Leaving Certificate Examination, 1916
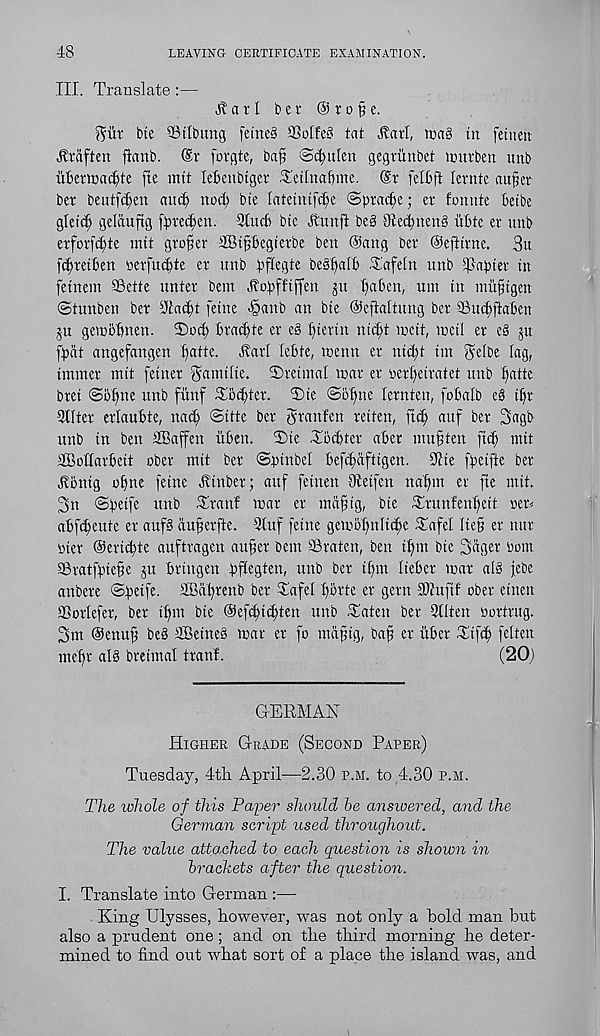
48
LEAVING CERTIFICATE EXAMINATION.
III. Translate:—
H a r I b e r @ t o fi e.
^iir bte SBtlbung feine§ SSolfe? tat Harl, ma§ tn fetuen
Hraften ftanb. @r fovgte, bafi Smitten gegriinbct nutrben unb
uBettoactjte fte mtt leBenbtger Tctlnafjme. @r felbft lernte au§er
ber bentfct;en aui$ nod? bte [ateintf^e <3ptad?e; er fonnte kibe
glei^ gelauftg (pve^en. 9tucft bte Itunft be§ lltectmenS itbte ev nub
etforfdjte mtt grower SBipegierbe ben (Sang bet* (Sefttme. 3u
fc^retben mfudjte er unb pftegte bes^alb Tafeln unb Laptev in
fetnem ©ette untef bem kopftiffen ju ftaben, um in mupigen
©tunben bet y£ad?t feme >§anb an bte ©eftattung ber ©ucfflabett
ju gembbtien. 3)ocp bratpte ev e§ fnertn nic^t meit, tocil er e§ ju
fpat angefangen ftatte. Hat! lebte, menu ev nid?t im gelbe lag,
tmmev mtt fetnet ^amtlte. 23veimal roav ev oevfjeivatet unb f)atte
bvet ©ol)ne unb fiinf Tiid)tev. T)ie ©obne levnten, fob alb e§ tpv
3lltev evlaubte, na^ ©itte bev Svanfett veiten, ftt^ attf bev 3agb
unb in ben SEaffen uben. T)te Tbcbtev abev mu^ten ftcp mtt
SEottavbeit obev mtt bev ©ptnbel befc^aftigen. Sftie fpeifte bev
Honig opne feine kittbev; auf feinen Oteifcu nafjtn ev fte mit.
3n ©peife unb Ttanf mav ev mit^ig, bte Tvimfenbeit oev^
abfcpeute ev auf§ aujfevfte. 3tuf fetne geioolmlic^e Tafel lie§ ev mtv
piev ©evicpte auftvagen au^ev bem ©vatcn, ben tfnn bte 3«gev Pom
©vatfpiefe ju bvtugen pflegten, unb bev ipm liebcv mav alg jebe
anbcve ©peife. 2Bat)venb bev Tafel povte ev gevn Muftf obev eittett
SSovIefev, bev if)m bte @efd?id;ten nub Taten bev 3llten povtvug.
3m ©enu^ beg SBeineb wav ev fo mdpig, bap ev vtbev Ttf^i felten
mef)v al§ bveimal tvanf.
(20)
GERMAN
Higher Grade (Second Paper)
Tuesday, 4th. April—2.30 p.m. to 4.30 p.m.
The whole of this Paper should he answered, and the
German script used throughout.
The value attached to each question is shown in
brackets after the question.
I. Translate into German :—•
King Ulysses, however, was not only a bold man but
also a prudent one; and on the third morning be deter-
mined to find out what sort of a place the island was, and